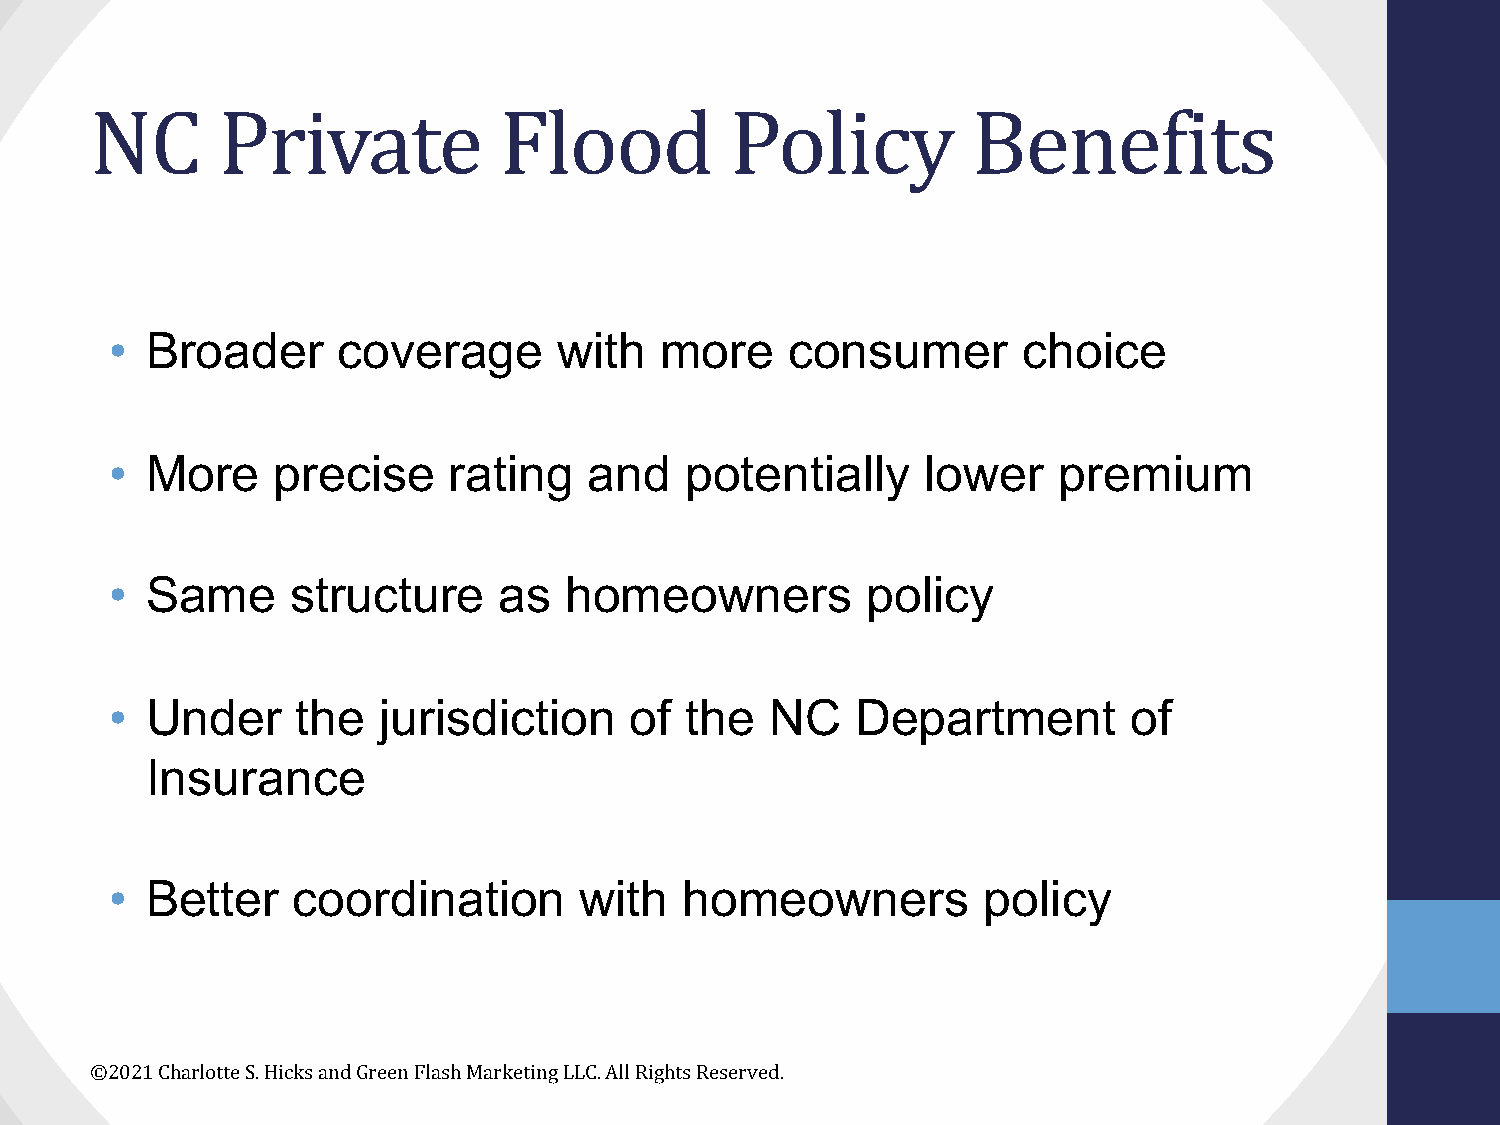
NC      Private            Flood          Policy          Benefits
 •  Broader     coverage       with   more    consumer        choice
 •  More    precise     rating   and   potentially     lower    premium
 •  Same     structure     as  homeowners          policy
 •  Under     the  jurisdiction     of the   NC    Department        of
 Insurance
 •  Better   coordination       with   homeowners          policy
 ©2021 Charlotte S. Hicks and Green Flash Marketing LLC. All Rights Reserved.